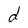
Character: d